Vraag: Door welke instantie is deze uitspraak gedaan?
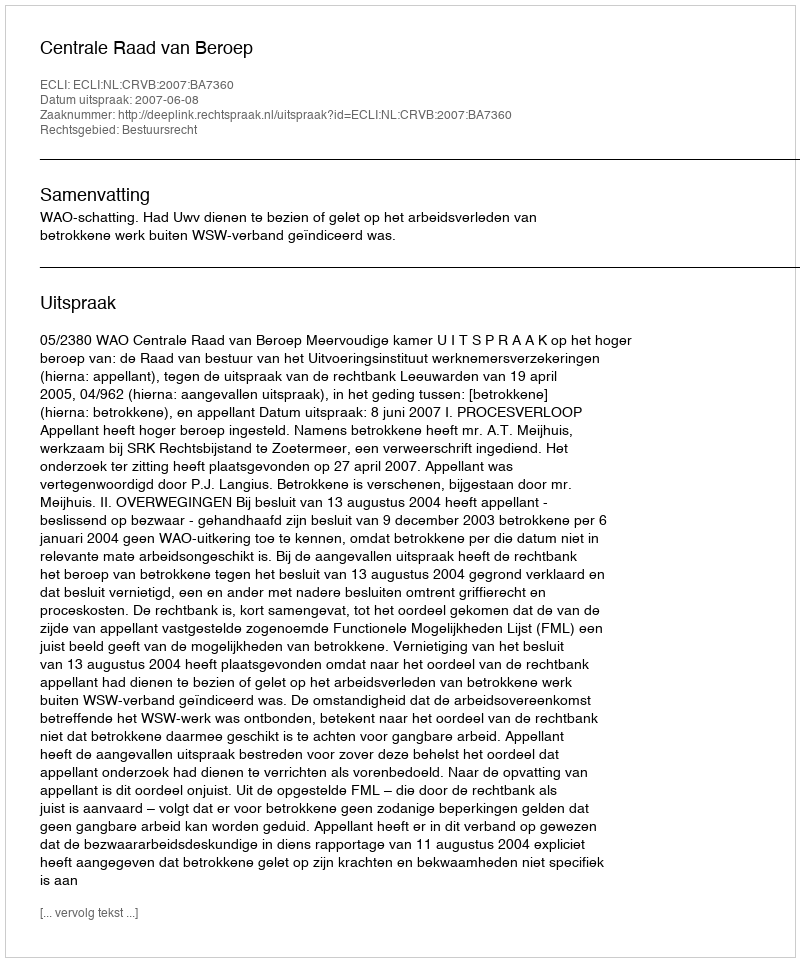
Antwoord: Centrale Raad van Beroep